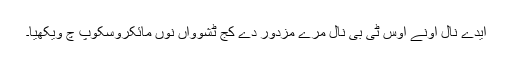
ایدے نال اونے اوس ٹی بی نال مرے مزدور دے کج ٹشوواں نوں مائکروسکوپ چ ویکھیا۔